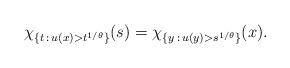
LaTeX: \begin{align*}\chi_{\{t\,:\,u(x)>t^{1/\theta}\}}(s)=\chi_{\{y\, :\, u(y)>s^{1/\theta}\}}(x).\end{align*}